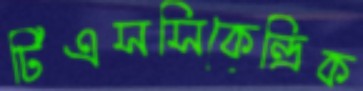
টিএসসিকেন্দ্রিক